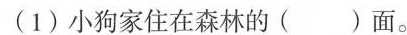
(1)小狗家住在森林的( )面。